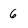
Character: 6